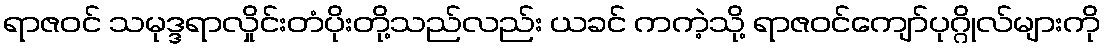
ရာဇဝင် သမုဒ္ဒရာလှိုင်းတံပိုးတို့သည်လည်း ယခင် ကကဲ့သို့ ရာဇဝင်ကျော်ပုဂ္ဂိုလ်များကို